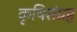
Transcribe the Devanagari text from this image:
कृषिसंग्रह